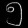
Digit: ၅